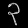
Digit: ၃